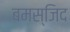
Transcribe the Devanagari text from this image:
बमस्जिद